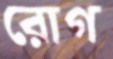
রোগ